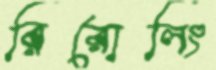
রিরোলিং